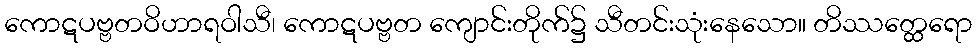
ကောဋပဗ္ဗတဝိဟာရဝါသီ၊ ကောဋပဗ္ဗတ ကျောင်းတိုက်၌ သီတင်းသုံးနေသော။ တိဿတ္ထေရော